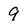
Character: 9